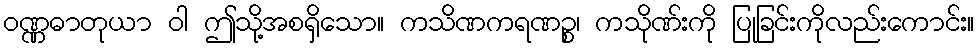
ဝဏ္ဏဓာတုယာ ဝါ ဤသို့အစရှိသော။ ကသိဏကရဏဉ္စ၊ ကသိုဏ်းကို ပြုခြင်းကိုလည်းကောင်း။